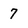
Character: 7